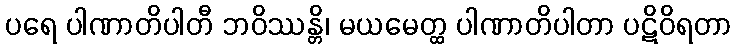
ပရေ ပါဏာတိပါတီ ဘဝိဿန္တိ၊ မယမေတ္ထ ပါဏာတိပါတာ ပဋိဝိရတာ